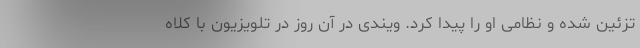
تزئین شده و نظامی او را پیدا کرد. ویندی در آن روز در تلویزیون با کلاه